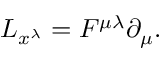
L _ { x ^ { \lambda } } = F ^ { \mu \lambda } \partial _ { \mu } .